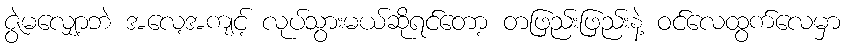
ဇွဲမလျှော့ဘဲ အလေ့အကျင့် လုပ်သွားမယ်ဆိုရင်တော့ တဖြည်းဖြည်းနဲ့ ဝင်လေထွက်လေမှာ